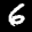
Label: 6